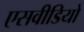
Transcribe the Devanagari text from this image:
एसवीडियो